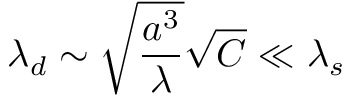
\lambda _ { d } \sim \sqrt { \frac { a ^ { 3 } } { \lambda } } \sqrt { C } \ll \lambda _ { s }